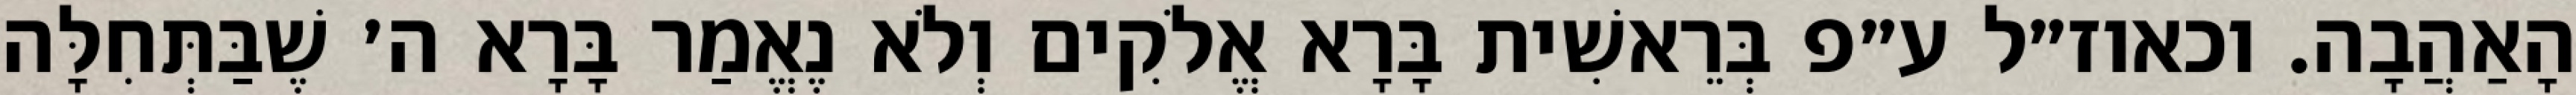
הָאַהֲבָה. וכאוז״ל ע״פ בְּרֵאשִׁית בָּרָא אֱלֹקִים וְלֹא נֶאֱמַר בָּרָא ה׳ שֶׁבַּתְּחִלָּה